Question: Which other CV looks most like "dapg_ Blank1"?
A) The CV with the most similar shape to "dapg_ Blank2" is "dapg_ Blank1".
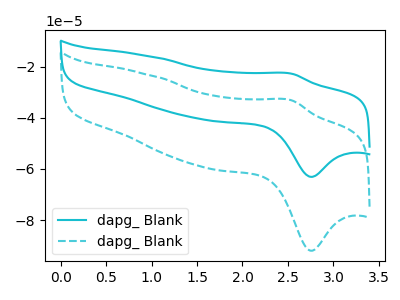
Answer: <think>The cyan curve "dapg_ Blank1" has an anodic peak at (2.55V, -22.80uA) and a cathodic peak at (2.75V, -63.10uA). The cyan dashed curve "dapg_ Blank2" has an anodic peak at (2.55V, -33.20uA) and a cathodic peak at (2.75V, -92.00uA).
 All the peaks in "dapg_ Blank1" have a peak in "dapg_ Blank2" at the same potential.</think>
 <answer>A) The CV with the most similar shape to "dapg_ Blank2" is "dapg_ Blank1".</answer>
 <eval>A</eval>